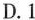
D.1